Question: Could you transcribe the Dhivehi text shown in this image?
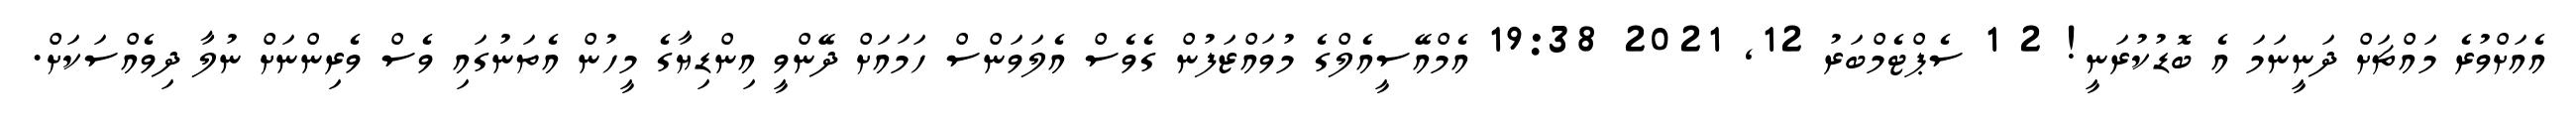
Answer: އެއަށްވުރެ މައްޗަށް ދަނީނަމަ އެ ބޮޑުކުރަނީ! 2 1 ސެޕްޓެމްބަރު 12, 2021 19:38 އެމްއޭސީއެލްގެ މުވައްޒަފުން ގެވެސް އެލަވަންސް ހަމައަށް ދޭންވީ އިންޑިޔާގެ މީހުން އެތަނުގައި ވެސް ވެރިންނަށް ނުލާ ދިވެއްސަކަށް.